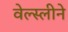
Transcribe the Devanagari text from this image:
वेल्स्लीने